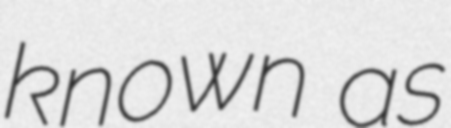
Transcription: known as